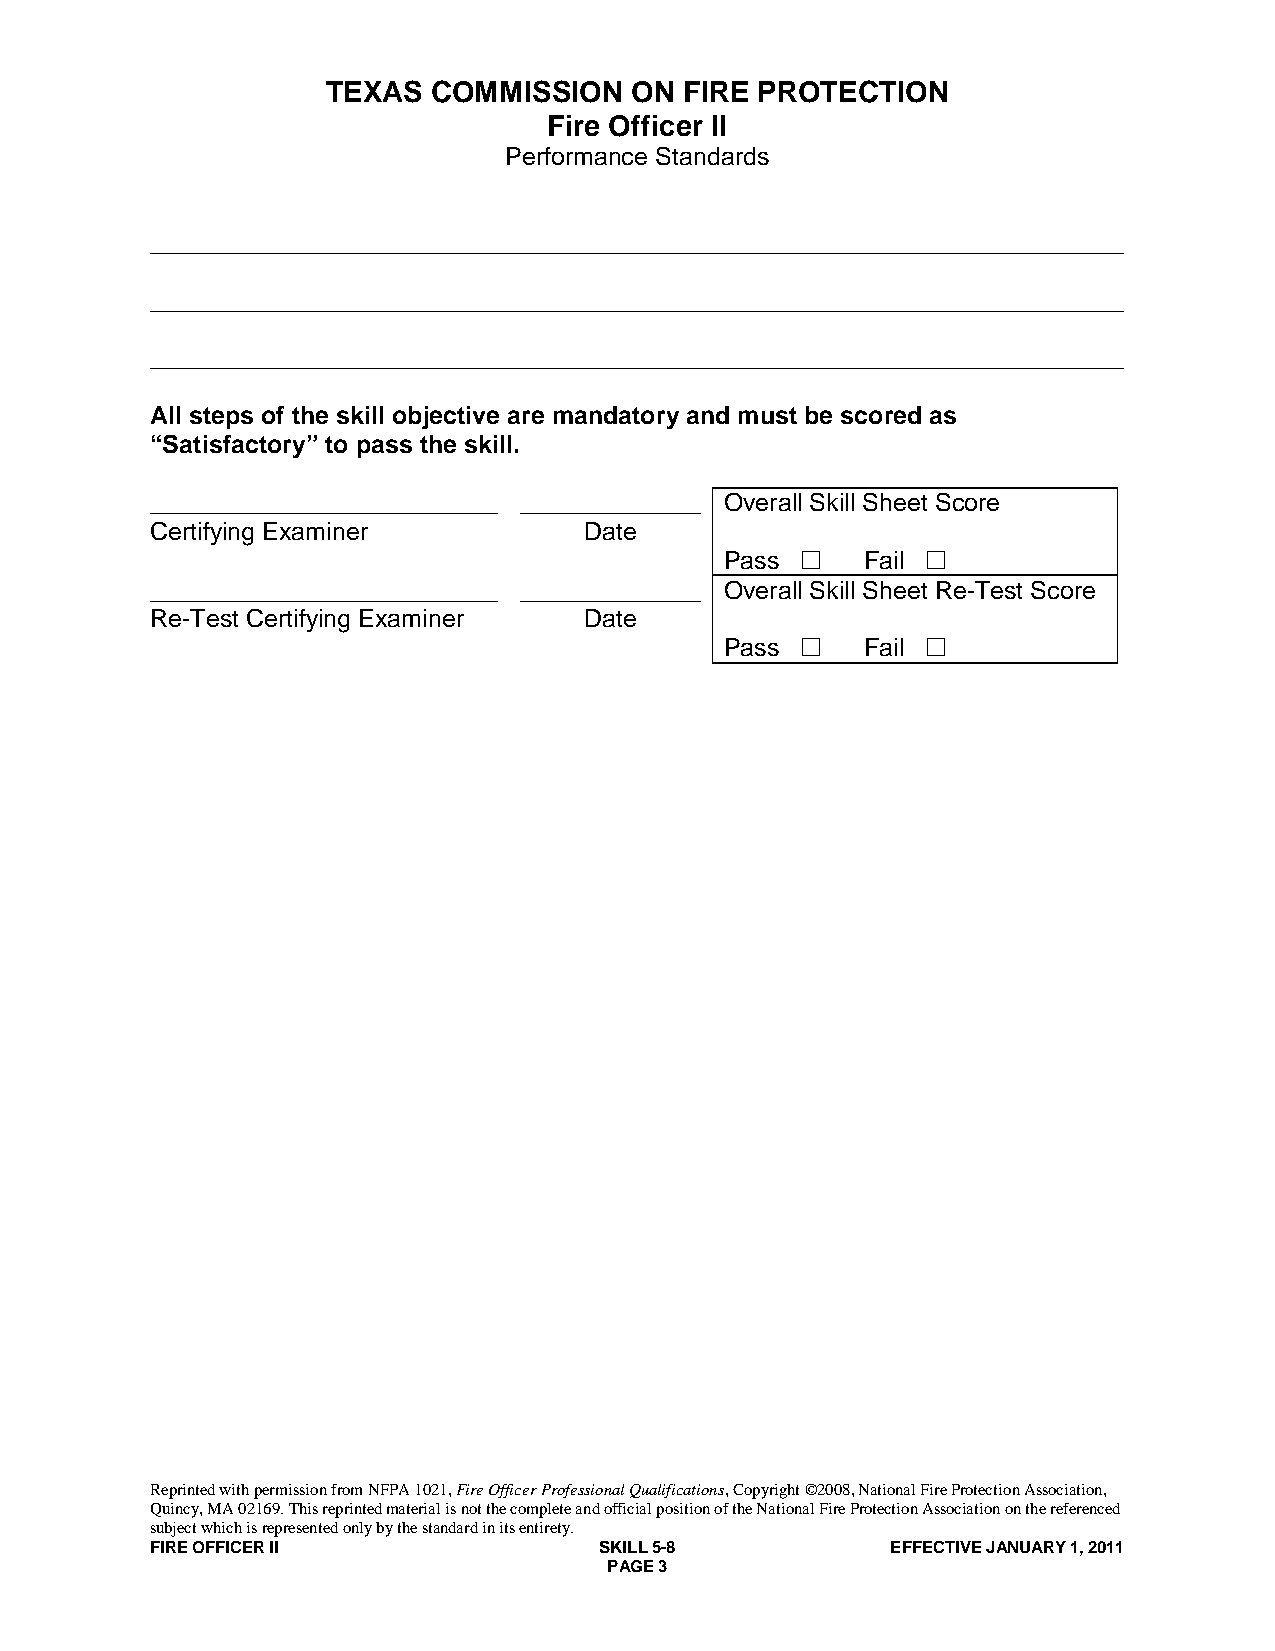
TEXAS  COMMISSION   ON FIRE PROTECTION
 Fire Officer II
 Performance Standards
 ______________________________________________________________________
 ______________________________________________________________________
 ______________________________________________________________________
 All steps of the skill objective are mandatory and must be scored as
 “Satisfactory” to pass the skill.
 _________________________ _____________ Overall Skill Sheet Score
 Certifying Examiner          Date
 Pass    Fail 
 _________________________ _____________ Overall Skill Sheet Re-Test Score
 Re-Test Certifying Examiner  Date
 Pass    Fail 
 Reprinted with permission from NFPA 1021, Fire Officer Professional Qualifications, Copyright ©2008, National Fire Protection Association,
 Quincy, MA 02169. This reprinted material is not the complete and official position of the National Fire Protection Association on the referenced
 subject which is represented only by the standard in its entirety.
 FIRE OFFICER II               SKILL 5-8          EFFECTIVE JANUARY 1, 2011
 PAGE 3